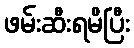
ဖမ်းဆီးရမိပြီး